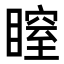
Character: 𥉺